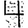
Digit: 4